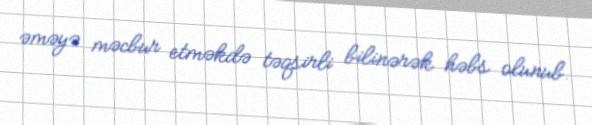
əməyə məcbur etməkdə təqsirli bilinərək həbs olunub.